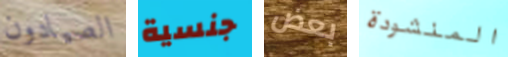
الصيادون جنسية بعض المنشودة